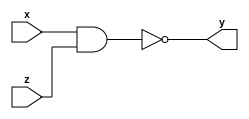
module fun(output y,input x,z);
 nand(y,x,z);
endmodule

module add;
 reg x,z;
 wire y;
 fun instance0(y,x,z);
 initial begin
    $dumpfile("hello.vcd");
    $dumpvars(1);
    $display("and gate\n x y z");
    $monitor(x," ",z," ",y," ");
    x=0;z=0;
    #1;x=0;z=1;
    #1;x=1;z=0;
    #1;x=1;z=1;
    #1;
 end
endmodule